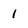
Character: 1